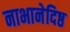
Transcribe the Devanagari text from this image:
नाभानेदिष्ठ